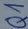
Text: Q1